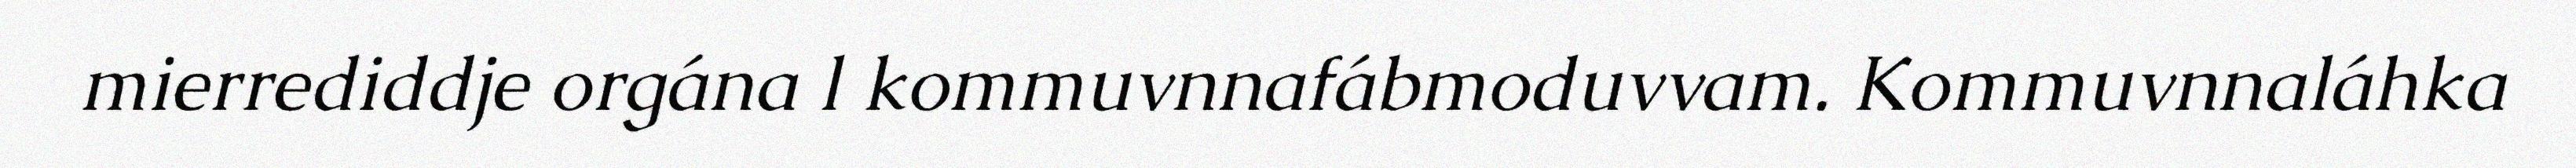
mierrediddje orgána l kommuvnnafábmoduvvam. Kommuvnnaláhka